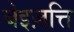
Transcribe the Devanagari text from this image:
बेइज़त्ति